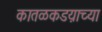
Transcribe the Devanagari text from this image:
कातळकडय़ाच्या